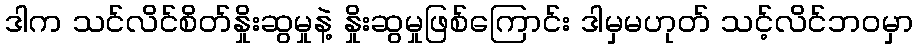
ဒါက သင်လိင်စိတ်နှိုးဆွမှုနဲ့ နှိုးဆွမှုဖြစ်ကြောင်း ဒါမှမဟုတ် သင့်လိင်ဘ၀မှာ